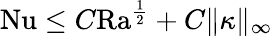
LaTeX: \begin{array}{r}{\mathrm{{Nu}}\leq C\mathrm{{Ra}}^{\frac{1}{2}}+C\| \kappa\| _{\infty}}\end{array}